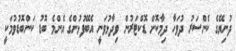
ދުނިޔޭގެ ކެންސަރު ދުވަހާ ދިމާކޮށް ޑޮކްޓަރުން ވިދާޅުވަނީ އެބޭފުޅުންގެ އެންމެ ބޮޑު ކަންބޮޑުވުމަކީ